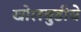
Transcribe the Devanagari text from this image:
खोलबुडीचे